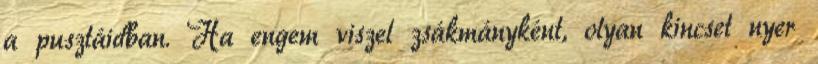
a pusztáidban. Ha engem viszel zsákmányként, olyan kincset nyer